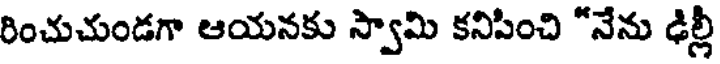
రించుచుండగా ఆయనకు స్వామి కనిపించి "నేను ఢిల్లీ